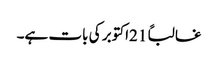
غالباً 21اکتوبر کی بات ہے۔